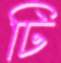
টি